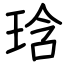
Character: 琀